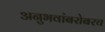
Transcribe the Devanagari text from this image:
अनुभवांबरोबरच